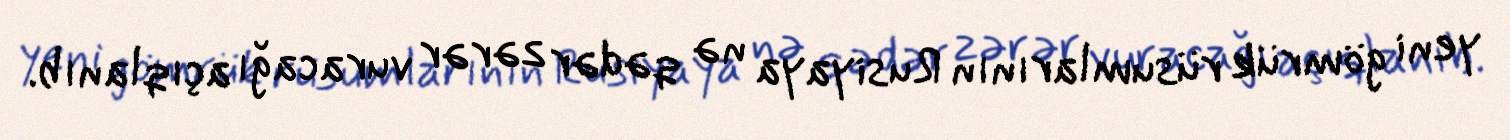
yeni gömrük rüsumlarının Rusiyaya nə qədər zərər vuracağı açıqlanıb.